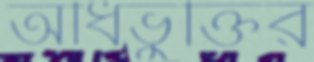
অধিভুক্তির